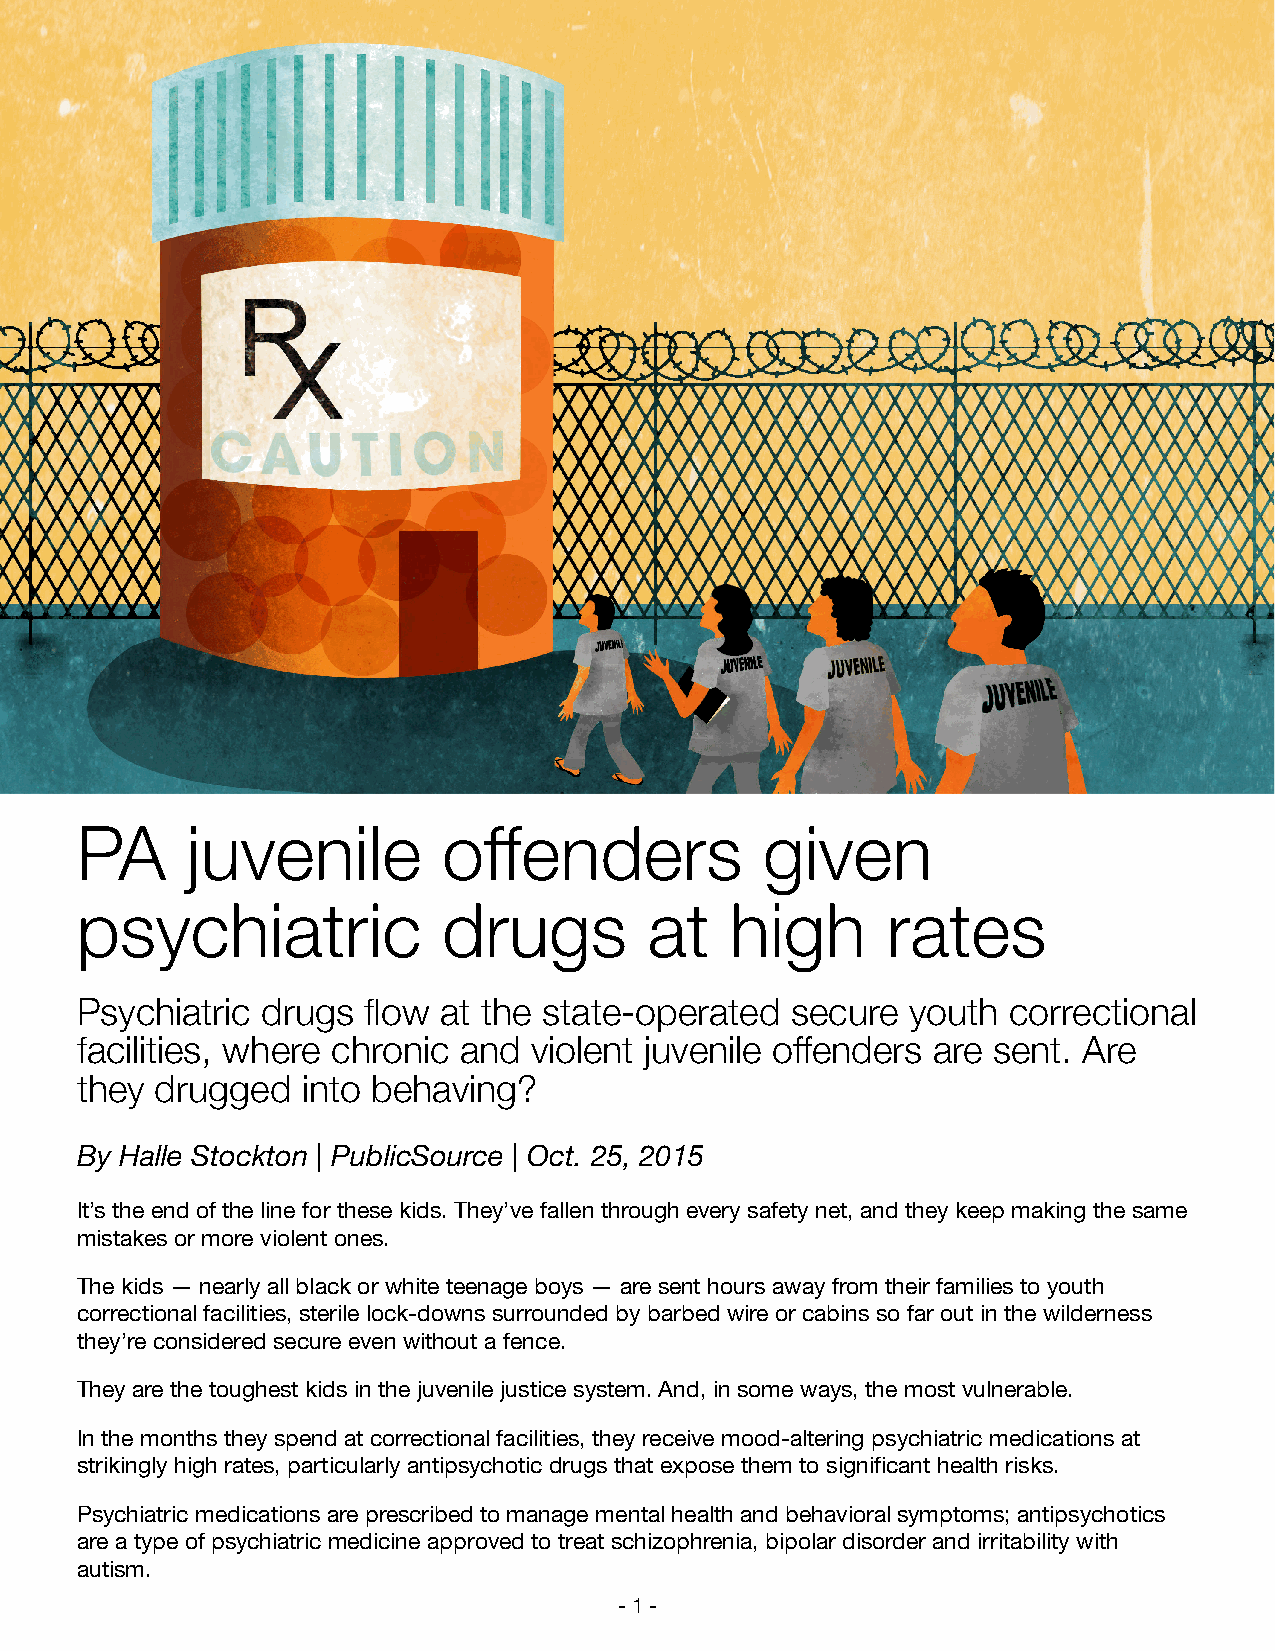
PA     juvenile         offenders             given
 psychiatric             drugs         at   high       rates
 Psychiatric drugs  flow at the state-operated  secure  youth  correctional
 facilities, where chronic and violent juvenile offenders are sent. Are
 they drugged   into behaving?
 By Halle Stockton | PublicSource | Oct. 25, 2015
 It’s the end of the line for these kids. They’ve fallen through every safety net, and they keep making the same
 mistakes or more violent ones.
 The kids — nearly all black or white teenage boys — are sent hours away from their families to youth
 correctional facilities, sterile lock-downs surrounded by barbed wire or cabins so far out in the wilderness
 they’re considered secure even without a fence.
 They are the toughest kids in the juvenile justice system. And, in some ways, the most vulnerable.
 In the months they spend at correctional facilities, they receive mood-altering psychiatric medications at
 strikingly high rates, particularly antipsychotic drugs that expose them to significant health risks.
 Psychiatric medications are prescribed to manage mental health and behavioral symptoms; antipsychotics
 are a type of psychiatric medicine approved to treat schizophrenia, bipolar disorder and irritability with
 autism.
 -1-